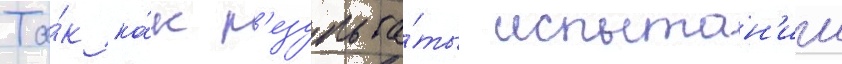
Та́к ка́к р'езульта́ты испытан'ии